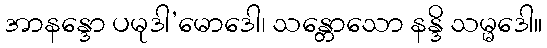
အာနန္ဒော ပမုဒါ’မောဒေါ၊ သန္တောသော နန္ဒိ သမ္မဒေါ။